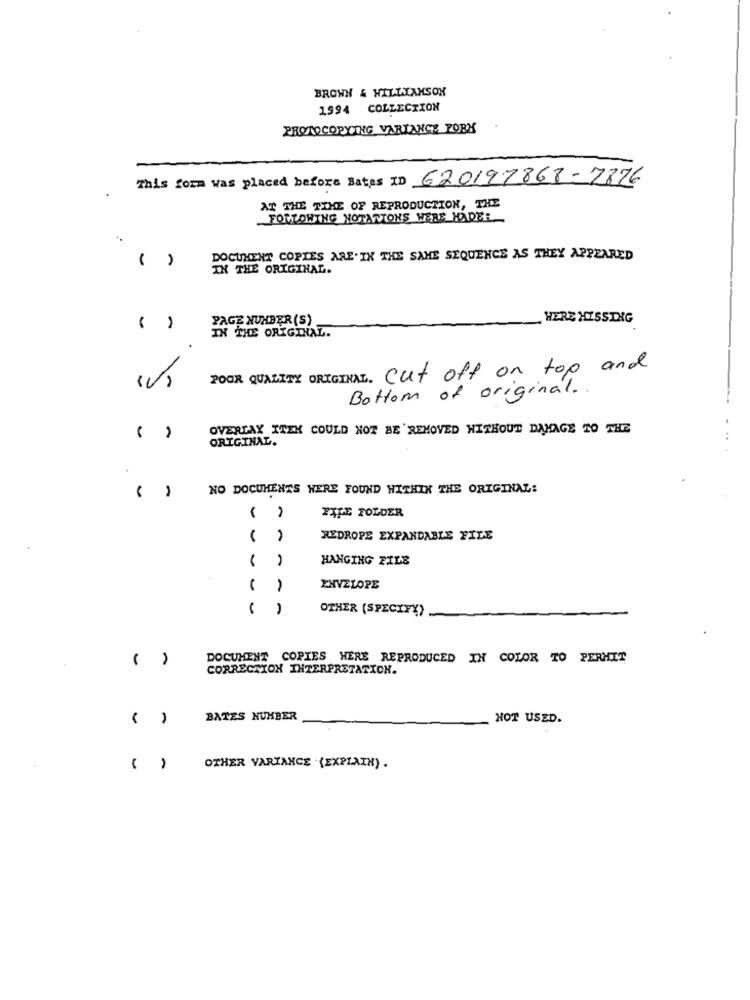
BROWN & WILLIAMSON
1994 COLLECTION
PHOTOCOPYING VARIANCE PORK
This form was placed before Bates ID 620197868-7876
AT THE TIME OF REPRODUCTION, THE
FOLLOWING NOTATIONS WERE HADER
-
DOCUMENT COPIES ARE. IX THE SAME SEQUENCE AS THEY APPEARED
IN THE ORIGINAL.
PAGE NUMBER (S)
HERE HISSING
IN THE ORIGINAL.
-
POOR QUALITY ORIGINAL. cut off on top and
Bottom of original ..
OVERLAY ITEM COULD NOT BE REMOVED WITHOUT DAMAGE TO THE
ORIGINAL.
NO DOCUMENTS WERE FOUND WITHIN THE ORIGINAL:
FALE FOLDER
( )
REDROPE EXPANDABLE FILE
HANGING FILE
ENVELOPE
....
OTHER (SPECIFY)
( )
DOCUMENT COPIES HERE REPRODUCED IN COLOR TO PERMIT
CORRECTION INTERPRETATION.
BATES NUMBER
HOT USED.
( )
OTHER VARIANCE . (EXPLAIN) .